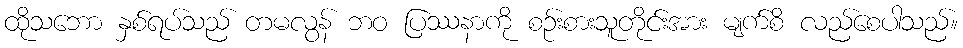
ထိုသဘော နှစ်ရပ်သည် တမလွန် ဘဝ ပြဿနာကို စဉ်းစားသူတိုင်းအား မျက်စိ လည်စေပါသည်။